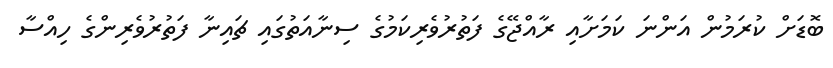
ބޮޑަށް ކުރަމުން އަންނަ ކަމަށާއި ރާއްޖޭގެ ފަތުރުވެރިކަމުގެ ސިނާއަތުގައި ޗައިނާ ފަތުރުވެރިންގެ ހިއްސާ